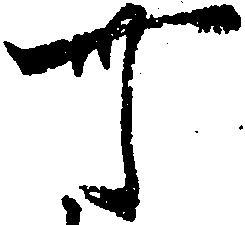
可